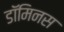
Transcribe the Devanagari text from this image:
डॉमिनस